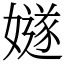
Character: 嬘